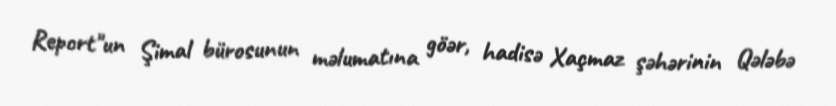
Report"un Şimal bürosunun məlumatına göər, hadisə Xaçmaz şəhərinin Qələbə